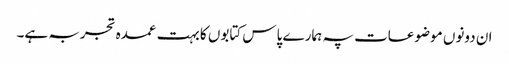
ان دونوں موضوعات پہ ہمارے پاس کتابوں کا بہت عمدہ تجربہ ہے۔